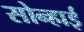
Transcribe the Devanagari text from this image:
सोन्हाई